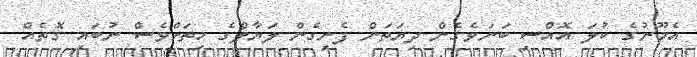
އެމޫނުގެ ކުލަ އޮއްސި ބަނަވެގެން ދިޔަތަން ފެނިގެން ލަޔާލްގެ ހިތަށްވެސް ނުބައި ގޮތެއް